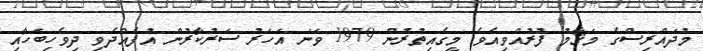
މުދައްރިސްގެ މަޤާމު ފުރުއްވިއެވެ. މީގެއިތުރުން 1979 ވަނަ އަހަރު ސަރުކާރުން އުފެއްދެވި ދިވެހިބަހާއި